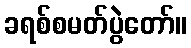
ခရစ်စမတ်ပွဲတော်။